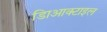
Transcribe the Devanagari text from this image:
डािआक्टाइल